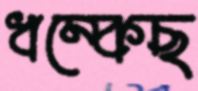
ধম্‌কেছ